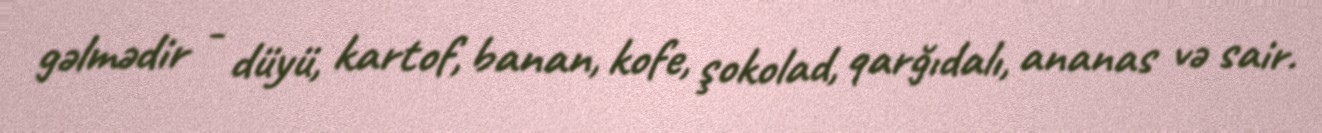
gəlmədir - düyü, kartof, banan, kofe, şokolad, qarğıdalı, ananas və sair.